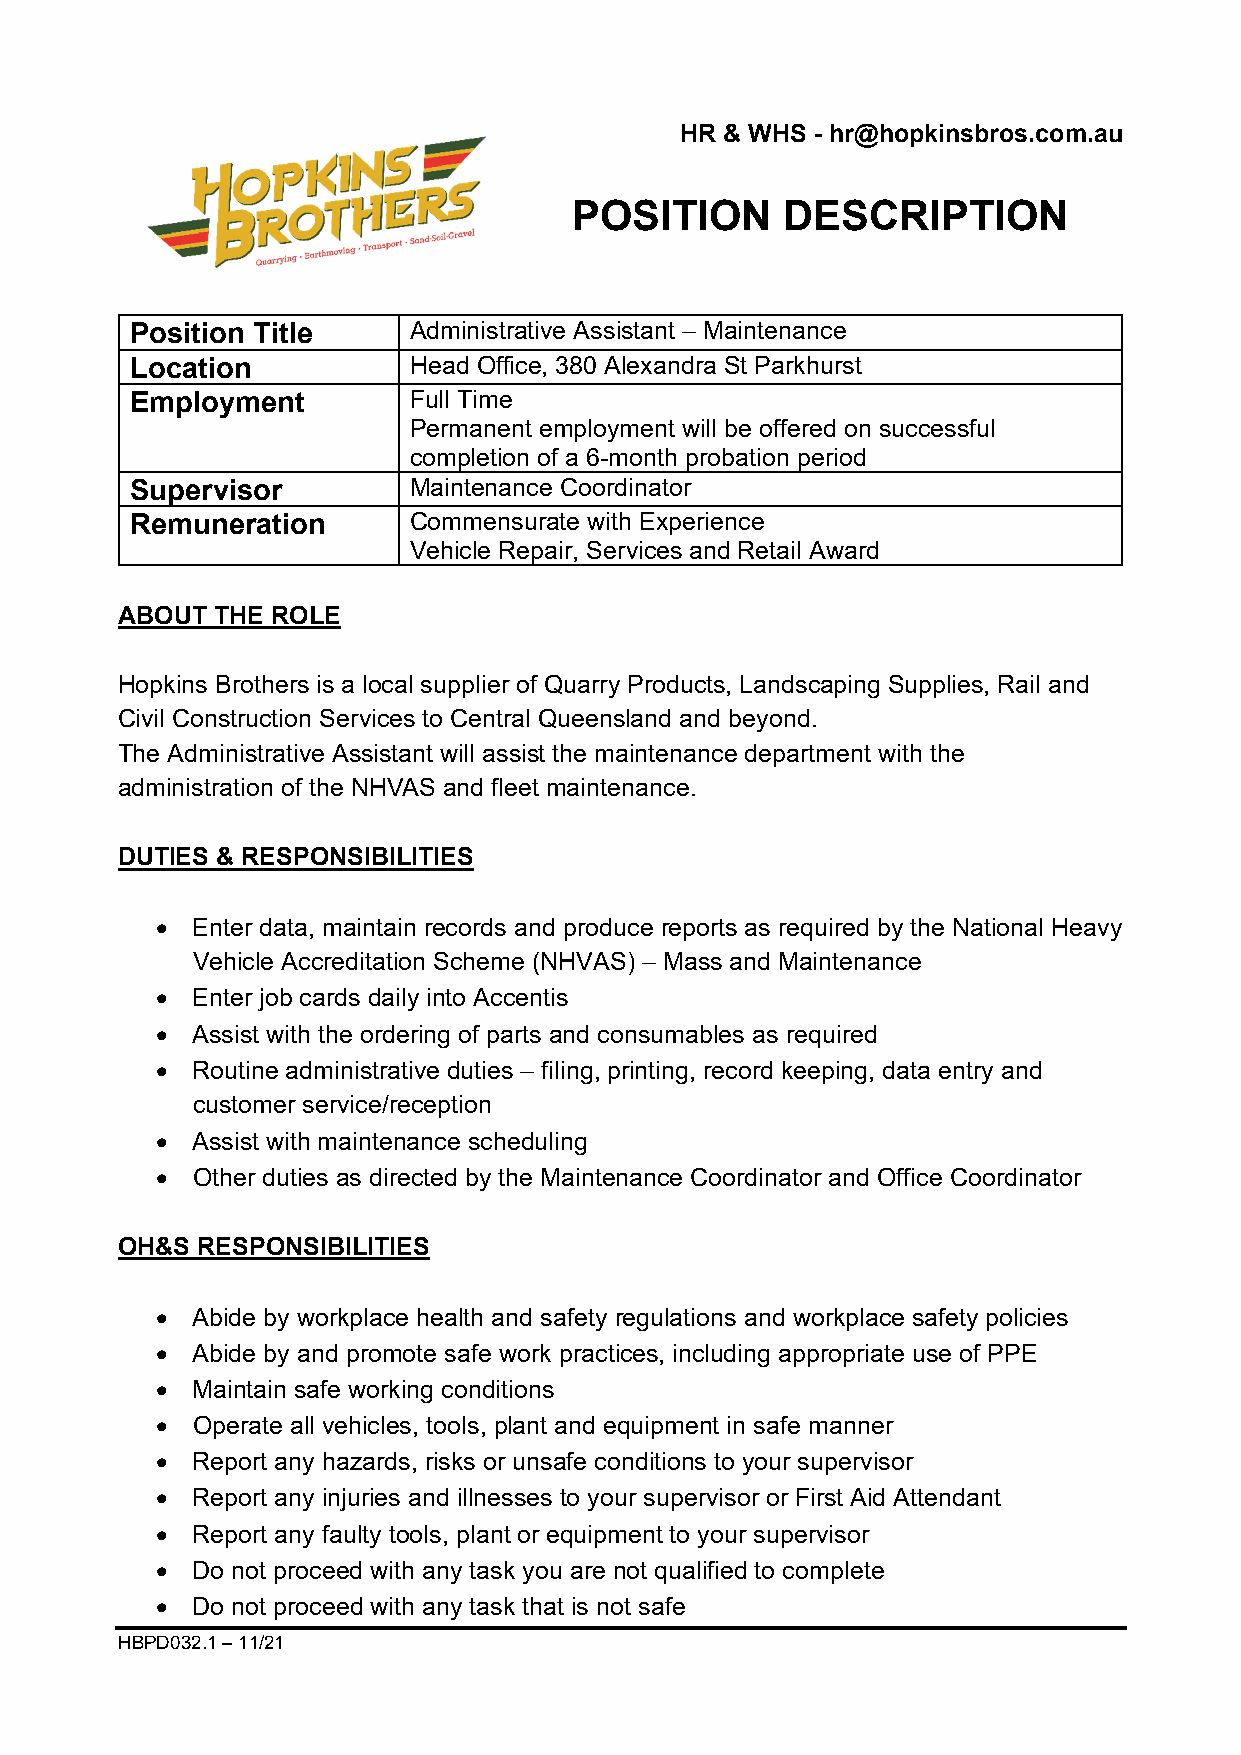
HR & WHS - hr@hopkinsbros.com.au
 POSITION      DESCRIPTION
 Position Title    Administrative Assistant – Maintenance
 Location          Head Office, 380 Alexandra St Parkhurst
 Employment        Full Time
 Permanent employment will be offered on successful
 completion of a 6-month probation period
 Supervisor        Maintenance Coordinator
 Remuneration      Commensurate with Experience
 Vehicle Repair, Services and Retail Award
 ABOUT THE ROLE
 Hopkins Brothers is a local supplier of Quarry Products, Landscaping Supplies, Rail and
 Civil Construction Services to Central Queensland and beyond.
 The Administrative Assistant will assist the maintenance department with the
 administration of the NHVAS and fleet maintenance.
 DUTIES & RESPONSIBILITIES
   Enter data, maintain records and produce reports as required by the National Heavy
 Vehicle Accreditation Scheme (NHVAS) – Mass and Maintenance
   Enter job cards daily into Accentis
   Assist with the ordering of parts and consumables as required
   Routine administrative duties – filing, printing, record keeping, data entry and
 customer service/reception
   Assist with maintenance scheduling
   Other duties as directed by the Maintenance Coordinator and Office Coordinator
 OH&S RESPONSIBILITIES
   Abide by workplace health and safety regulations and workplace safety policies
   Abide by and promote safe work practices, including appropriate use of PPE
   Maintain safe working conditions
   Operate all vehicles, tools, plant and equipment in safe manner
   Report any hazards, risks or unsafe conditions to your supervisor
   Report any injuries and illnesses to your supervisor or First Aid Attendant
   Report any faulty tools, plant or equipment to your supervisor
   Do not proceed with any task you are not qualified to complete
   Do not proceed with any task that is not safe
 HBPD032.1 – 11/21